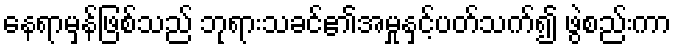
နေရာမှန်ဖြစ်သည် ဘုရားသခင်၏အမှုနှင့်ပတ်သက်၍ ဖွဲစည်းကာ